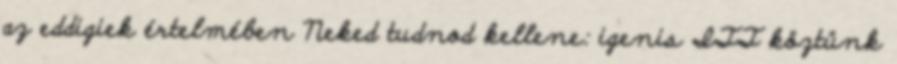
az eddigiek értelmében Neked tudnod kellene: igenis ITT köztünk